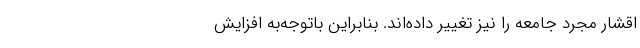
اقشار مجرد جامعه را نیز تغییر داده‌اند. بنابراین باتوجه‌به افزایش